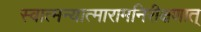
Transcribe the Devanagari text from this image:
स्वात्मन्यात्मारामनिरीक्षणात्